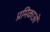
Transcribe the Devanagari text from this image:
प्रमिकाओं